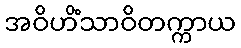
အဝိဟိံသာဝိတက္ကာယ